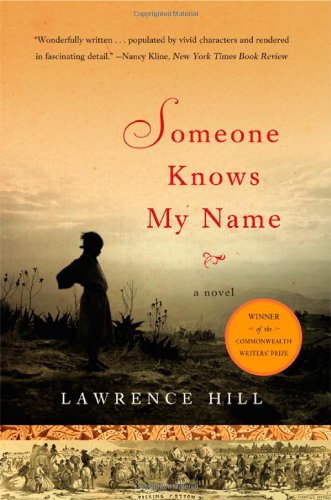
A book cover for Someone Knows My Name: A Novel; Lawrence Hill; Literature & Fiction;